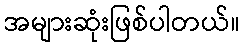
အများဆုံးဖြစ်ပါတယ်။